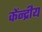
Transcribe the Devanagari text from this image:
केंन्‍द्रीय